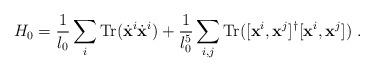
LaTeX: \begin{align*}H_0 = \frac{1}{l_0} \sum_{i} {\rm Tr}(\dot {\bf x}^i \dot {\bf x}^i)+ \frac{1}{l_0^5} \sum_{i,j} {\rm Tr}([{\bf x}^i, {\bf x}^j]^\dagger[{\bf x}^i, {\bf x}^j] )\ .\end{align*}